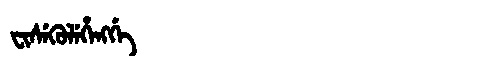
Manchu: ᠸᡳᠰᡝᡴᡠᠯᡝᡥᡝᠩᡤᡝ
Romanization: FISEKULEHENGGE